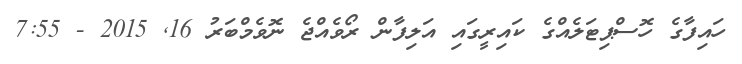
ހައިފާގެ ހޮސްޕިޓަލެއްގެ ކައިރީގައި އަލިފާން ރޯވެއްޖެ ނޮވެމްބަރު 16